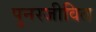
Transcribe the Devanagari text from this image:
पुनरजीवित